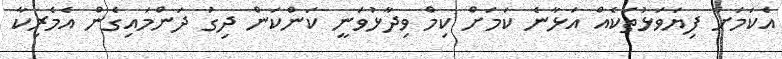
އެކަމަށް ފިޔަވަޅުތަކެއް އަޅާނެ ކަމަށް ކިމް ވިދާޅުވަނީ ކަންކަން ދިގު ދަންމައިގެން އެމެރިކާ